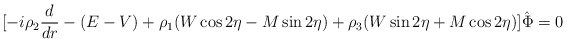
\begin{align*}\lbrack-i\rho_2{d\over dr}-(E-V)+\rho_1(W\cos 2\eta-M\sin 2\eta)+\rho_3(W\sin 2\eta+M\cos 2\eta)\rbrack\hat\Phi=0\end{align*}